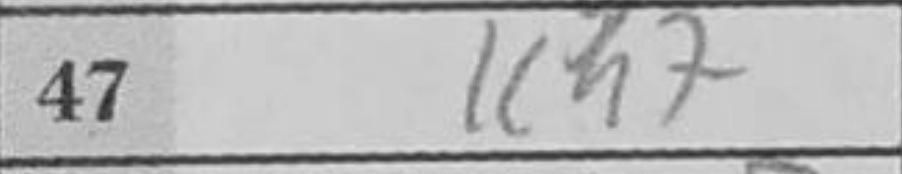
Transcription: Kh7